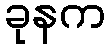
ခုနက